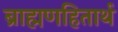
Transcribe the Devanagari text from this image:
ब्राह्मणहितार्थ